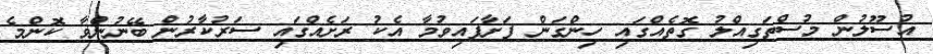
އުސޫލުން މުސްތަގިއްލު ގޮތެއްގައި ހިންގަން ފަށާފައިވުމާ އެކު ރަށެއްގައި ސަރުކާރުން ބޭނުންވާ ކޮންމެ